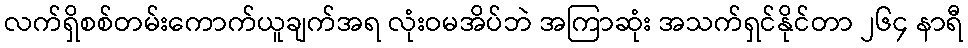
လက်ရှိစစ်တမ်းကောက်ယူချက်အရ လုံးဝမအိပ်ဘဲ အကြာဆုံး အသက်ရှင်နိုင်တာ ၂၆၄ နာရီ